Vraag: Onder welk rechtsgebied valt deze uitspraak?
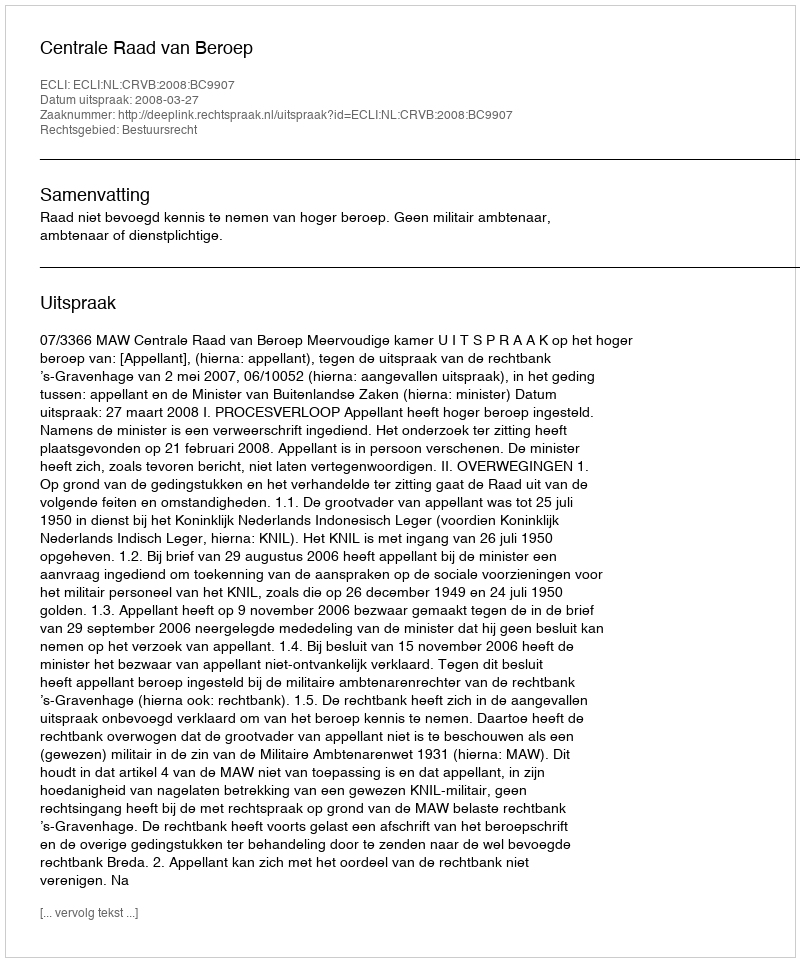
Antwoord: Bestuursrecht